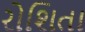
રોશિતા